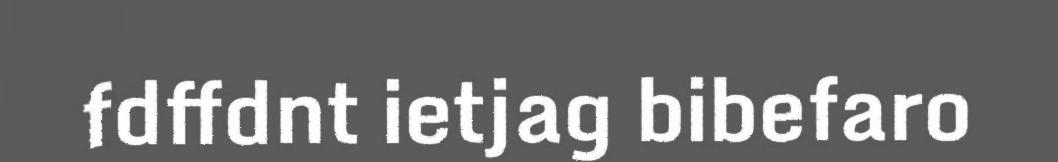
fdffdnt ietjag bibefaro